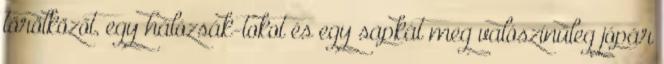
törölközőt, egy hálózsák-tokot és egy sapkát meg valószínűleg jópár